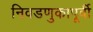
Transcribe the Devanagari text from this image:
निवडणुकापूर्वी